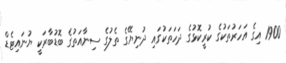
1900 އިގެ އަހަރުތަކުގެ ކުރީކޮޅުގެ ދަހަތަކުގައި ދުނިޔޭގެ ތެލުގެ ސިނާއަތުގެ ބޮޑުބާރަކީ ޔުނައިޓެޑް